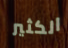
الكثير